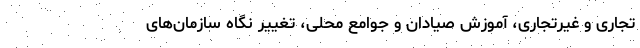
تجاری و غیرتجاری، آموزش صیادان و جوامع محلی، تغییر نگاه سازمان‌های